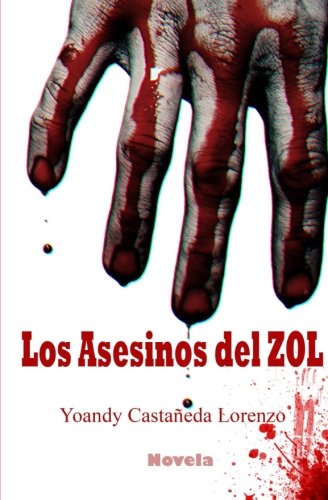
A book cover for Los Asesinos del ZOL (Spanish Edition); Yoandy castaneda Lorenzo; Literature & Fiction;